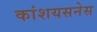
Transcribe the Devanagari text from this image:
कांशयसनेस